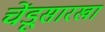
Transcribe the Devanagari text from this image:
चेंडूसारखा